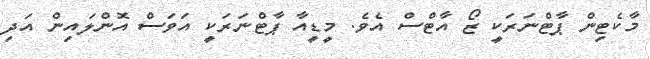
މާކެޓިން ޕާޓްނަރަކީ ޒޯ އާޓްސް އެވެ. މީޑީއާ ޕާޓްނަރަކީ އަވަސް އޮންލައިން އަދި